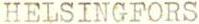
HELSINGFORS